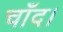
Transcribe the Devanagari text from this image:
चाँद।